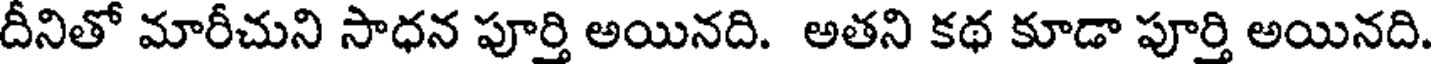
దీనితో మారీచుని సాధన పూర్తి అయినది. అతని కథ కూడా పూర్తి అయినది.